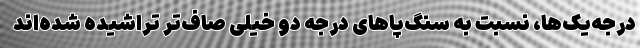
درجه‌یک‌ها، نسبت به سنگ‌پاهای درجه دو خیلی صاف‌تر تراشیده شده‌اند